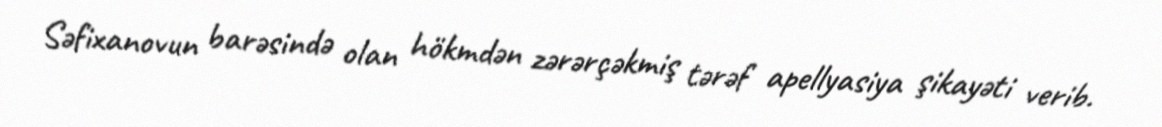
Səfixanovun barəsində olan hökmdən zərərçəkmiş tərəf apellyasiya şikayəti verib.